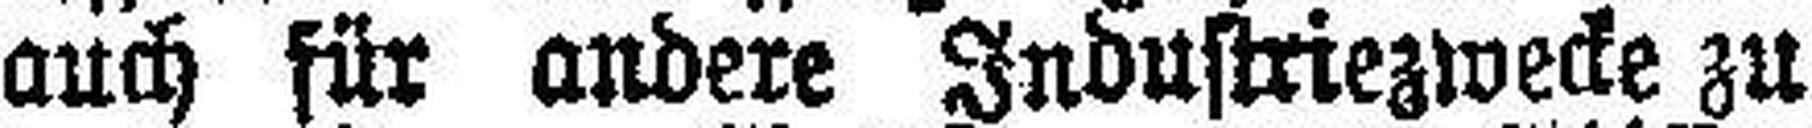
auch für andere Industriezwecke zu